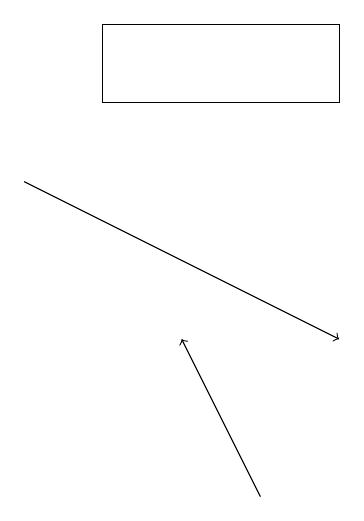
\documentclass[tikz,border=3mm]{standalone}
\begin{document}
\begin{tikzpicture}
\draw[->] (4,14) -- (8,12);
\draw (5,15) rectangle (8,16);
\draw[->] (7,10) -- (6,12);
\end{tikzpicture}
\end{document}